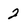
Character: 2